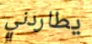
يطاردني